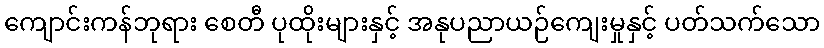
ကျောင်းကန်ဘုရား စေတီ ပုထိုးများနှင့် အနုပညာယဉ်ကျေးမှုနှင့် ပတ်သက်သော